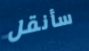
سأنقل